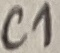
Text: C1